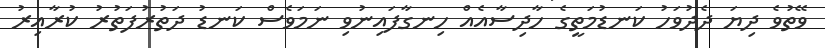
ވޭތުވެ ދިޔަ ދެދުވަހު ކަނޑުމަތީގެ ހާދިސާއެއް ހިނގާފައިނުވި ނަމަވެސް ކަނޑު ދަތުރުފަތުރު ކުރާއިރު